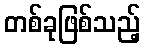
တစ်ခုဖြစ်သည့်